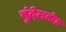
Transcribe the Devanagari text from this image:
बुंदेलकंड